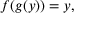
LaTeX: f ( g ( y ) ) = y ,